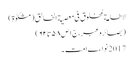
لاطاعة لمخلوق فی معصیة الخالق (مشکوٰة)
(بصائروعبر،ج١ص٥٨تا٦٢)
2017 نواءے امت ۔